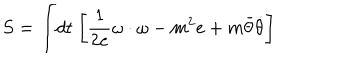
S = \int \! d t \ \biggl [ { \frac { 1 } { 2 e } } \omega \cdot \omega - m ^ { 2 } e + m \bar { \theta } { \dot { \theta } } \biggr ]